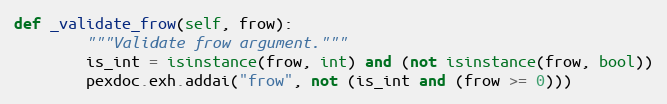
Language: Python
def _validate_frow(self, frow):
        """Validate frow argument."""
        is_int = isinstance(frow, int) and (not isinstance(frow, bool))
        pexdoc.exh.addai("frow", not (is_int and (frow >= 0)))